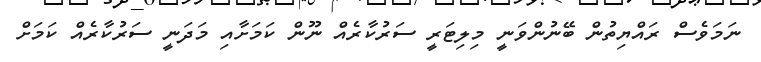
ނަމަވެސް ރައްޔިތުން ބޭނުންވަނީ މިލިޓަރީ ސަރުކާރެއް ނޫން ކަމަށާއި މަދަނީ ސަރުކާރެއް ކަމަށް